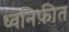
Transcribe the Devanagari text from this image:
ध्वनिफ़ीत